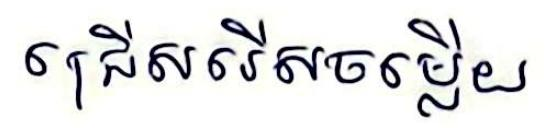
ជ្រើសរើសចម្លើយ